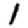
Digit: 1